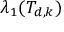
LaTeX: \lambda _ { 1 } ( T _ { d , k } )